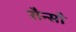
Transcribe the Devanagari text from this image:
रौन्सौ